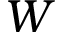
W